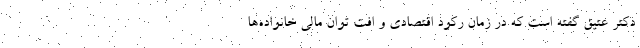
دکتر عتیق گفته است که در زمان رکود اقتصادی و افت توان مالی خانواده‌ها